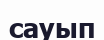
сауып